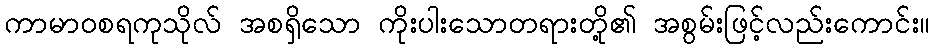
ကာမာဝစရကုသိုလ် အစရှိသော ကိုးပါးသောတရားတို့၏ အစွမ်းဖြင့်လည်းကောင်း။